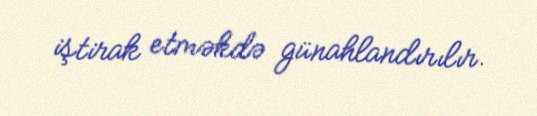
iştirak etməkdə günahlandırılır.